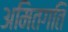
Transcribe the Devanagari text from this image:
अमितगति